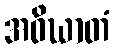
အဝိဃာတံ